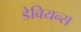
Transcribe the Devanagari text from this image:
डेबियन्स